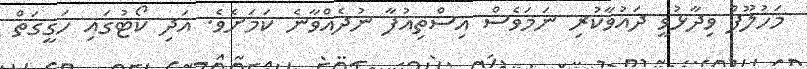
މަހުލޫފް ވިދާޅުވީ ދައުވާކުރި ނަމަވެސް އިސްތިއުފާ ނުދެއްވާނެ ކަމަށެވެ. އަދި ކޯޓުގައި ހަގީގަތް